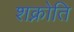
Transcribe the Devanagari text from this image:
शक्नोति